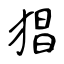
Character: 猖